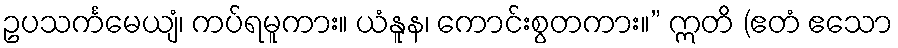
ဥပသင်္ကမေယျံ၊ ကပ်ရမူကား။ ယံနူန၊ ကောင်းစွတကား။” ဣတိ (ဧတံ ဧသော